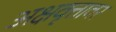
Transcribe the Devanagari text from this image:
अक्षवृत्तावर